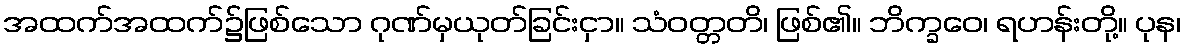
အထက်အထက်၌ဖြစ်သော ဂုဏ်မှယုတ်ခြင်းငှာ။ သံဝတ္တတိ၊ ဖြစ်၏။ ဘိက္ခဝေ၊ ရဟန်းတို့။ ပုန၊